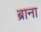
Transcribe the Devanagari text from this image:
ब्राना